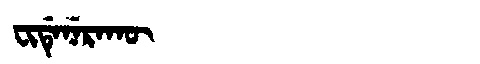
Manchu: ᠸᡳᡩᡝᠨᡝᡵᠠᡴᡡ
Romanization: FIDENERAKŪ